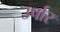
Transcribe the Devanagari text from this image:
उर्पार